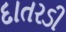
દાતરડી